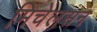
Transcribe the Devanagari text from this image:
मिचेलसन